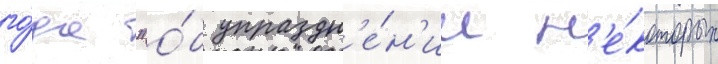
го́да "о́б упраздн'е́н'ии н'е́которых